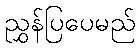
ညွှန်ပြပေမည်